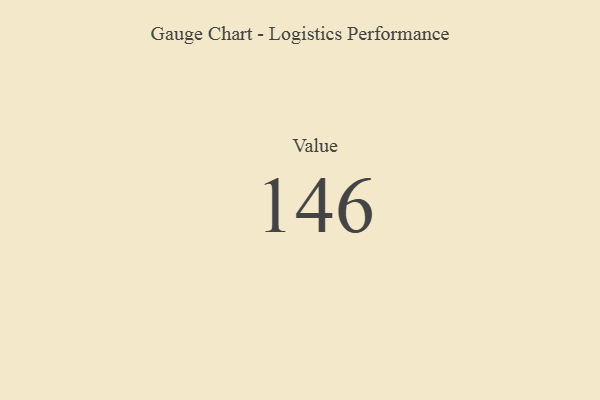
{"axis": {"x": "Metric", "y": "Value"}, "legend": [""], "data": [{"x": "Value", "y": 146, "type": ""}]}